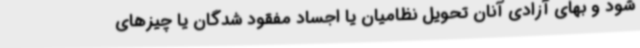
شود و بهای آزادی آنان تحویل نظامیان یا اجساد مفقود شدگان یا چیزهای